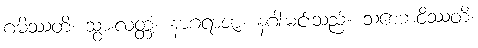
ဂမိဿတိ၊ သွားလတ္တံ့။ နာဂရာဇာ၊ နဂါးမင်းသည်။ သစေဘဝိဿတိ၊